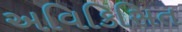
અવિકિસિત